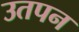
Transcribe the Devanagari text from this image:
उतपन